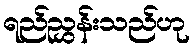
ရည်ညွှန်းသည်ဟု